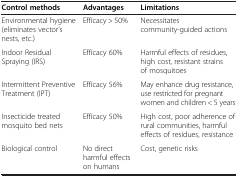
| Control methods | Advantages | Limitations |
 | --- | --- | --- |
 | Environmental hygiene (eliminates vector’s nests, etc.) | Efficacy > 50% | Necessitates community-guided actions |
 | Indoor Residual Spraying (IRS) | Efficacy 60% | Harmful effects of residues, high cost, resistant strains of mosquitoes |
 | Intermittent Preventive Treatment (IPT) | Efficacy 56% | May enhance drug resistance, use restricted for pregnant women and children < 5 years |
 | Insecticide treated mosquito bed nets | Efficacy 50% | High cost, poor adherence of rural communities, harmful effects of residues, resistance |
 | Biological control | No direct harmful effects on humans | Cost, genetic risks |